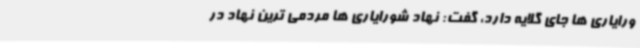
ورایاری ها جای گلایه دارد، گفت: نهاد شورایاری ها مردمی ترین نهاد در